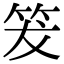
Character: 𥬒